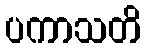
ပကာသတိ